Indian journal of veterinary science and animal husbandry - Volumes 18-21, 1948-1951
Year: 1948
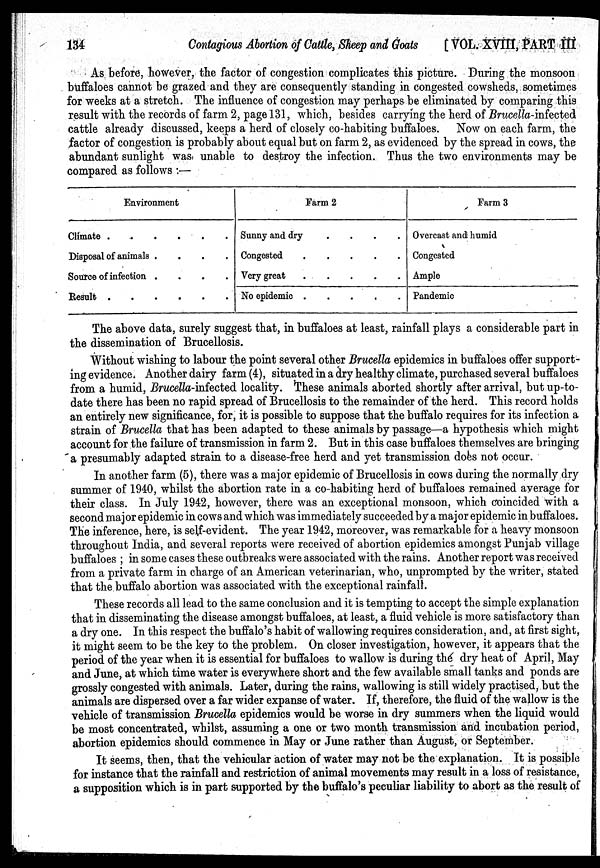
134
Contagious Abortion of Cattle, Sheep and Goats
[VOL. XVIII, PART III
As before, however, the factor of congestion complicates this picture. During the monsoon
buffaloes cannot be grazed and they are consequently standing in congested cowsheds, sometimes
for weeks at a stretch. The influence of congestion may perhaps be eliminated by comparing this
result with the records of farm 2, page 131, which, besides carrying the herd of Brucella-infected
cattle already discussed, keeps a herd of closely co-habiting buffaloes. Now on each farm, the
factor of congestion is probably about equal but on farm 2, as evidenced by the spread in cows, the
abundant sunlight was unable to destroy the infection. Thus the two environments may be
compared as follows :—
Environment
Climate . . . . . .
Disposal of animals . . . . . .
Source of infection . . . . . .
Result . . . . . .
Farm 2
Sunny and dry . . . . . .
Congested
.
.
.
.
.
.
Very great
.
.
.
.
.
.
No epidemic . . . . . .
Farm 3
Overcast and humid
Congested
Ample
Pandemic
The above data, surely suggest that, in buffaloes at least, rainfall plays a considerable part in
the dissemination of Brucellosis.
Without wishing to labour the point several other Brucella epidemics in buffaloes offer support-
ing evidence. Another dairy farm (4), situated in a dry healthy climate, purchased several buffaloes
from a humid, Brucella-infected locality. These animals aborted shortly after arrival, but up-to-
date there has been no rapid spread of Brucellosis to the remainder of the herd. This record holds
an entirely new significance, for, it is possible to suppose that the buffalo requires for its infection a
strain of Brucella that has been adapted to these animals by passage—a hypothesis which might
account for the failure of transmission in farm 2. But in this case buffaloes themselves are bringing
a presumably adapted strain to a disease-free herd and yet transmission does not occur.
In another farm (5), there was a major epidemic of Brucellosis in cows during the normally dry
summer of 1940, whilst the abortion rate in a co-habiting herd of buffaloes remained average for
their class. In July 1942, however, there was an exceptional monsoon, which coincided with a
second major epidemic in cows and which was immediately succeeded by a major epidemic in buffaloes.
The inference, here, is self-evident. The year 1942, moreover, was remarkable for a heavy monsoon
throughout India, and several reports were received of abortion epidemics amongst Punjab village
buffaloes ; in some cases these outbreaks were associated with the rains. Another report was received
from a private farm in charge of an American veterinarian, who, unprompted by the writer, stated
that the buffalo abortion was associated with the exceptional rainfall.
These records all lead to the same conclusion and it is tempting to accept the simple explanation
that in disseminating the disease amongst buffaloes, at least, a fluid vehicle is more satisfactory than
a dry one. In this respect the buffalo's habit of wallowing requires consideration, and, at first sight,
it might seem to be the key to the problem. On closer investigation, however, it appears that the
period of the year when it is essential for buffaloes to wallow is during the dry heat of April, May
and June, at which time water is everywhere short and the few available small tanks and ponds are
grossly congested with animals. Later, during the rains, wallowing is still widely practised, but the
animals are dispersed over a far wider expanse of water. If, therefore, the fluid of the wallow is the
vehicle of transmission Brucella epidemics would be worse in dry summers when the liquid would
be most concentrated, whilst, assuming a one or two month transmission and incubation period,
abortion epidemics should commence in May or June rather than August, or September.
It seems, then, that the vehicular action of water may not be the explanation. It is possible
for instance that the rainfall and restriction of animal movements may result in a loss of resistance,
a supposition which is in part supported by the buffalo's peculiar liability to abort as the result of